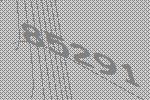
85291